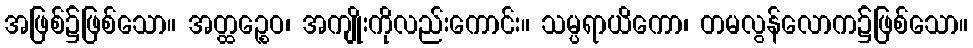
အဖြစ်၌ဖြစ်သော။ အတ္ထဉ္စေဝ၊ အကျိုးကိုလည်းကောင်း။ သမ္ပရာယိကော၊ တမလွန်လောက၌ဖြစ်သော။